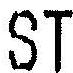
ST